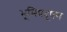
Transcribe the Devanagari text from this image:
भूमिप्रदूषण